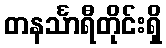
တနင်္သာရီတိုင်းရှိ